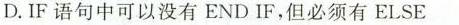
D.IF语句中可以没有END IF，但必须有ELSE